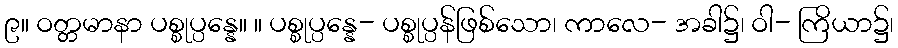
၉။ ဝတ္တမာနာ ပစ္စုပ္ပန္နေ။ ။ ပစ္စုပ္ပန္နေ- ပစ္စုပ္ပန်ဖြစ်သော၊ ကာလေ- အခါ၌၊ ဝါ- ကြိယာ၌၊